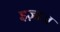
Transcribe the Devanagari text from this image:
इज़ाज